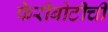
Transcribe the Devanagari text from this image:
फेरीबोटीची